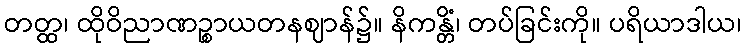
တတ္ထ၊ ထိုဝိညာဏဉ္စာယတနဈာန်၌။ နိကန္တိံ၊ တပ်ခြင်းကို။ ပရိယာဒါယ၊